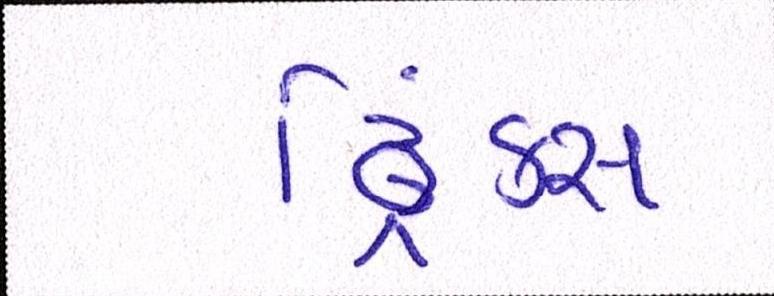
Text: ડ્રિંક્સ